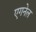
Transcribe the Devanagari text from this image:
एगनेल